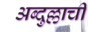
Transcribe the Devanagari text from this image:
अब्दुल्लाची